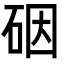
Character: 䂩